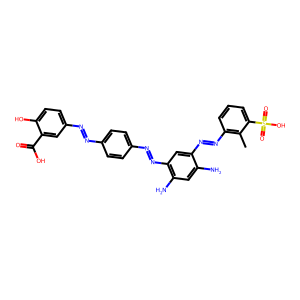
SMILES: Cc1c(N=Nc2cc(N=Nc3ccc(N=Nc4ccc(O)c(C(=O)O)c4)cc3)c(N)cc2N)cccc1S(=O)(=O)O
Inhibits HIV replication: Yes